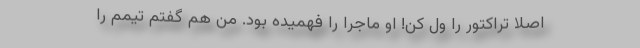
اصلاً تراکتور را ول کن! او ماجرا را فهمیده بود. من هم گفتم تیمم را